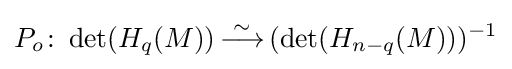
P_{o}\colon \operatorname {det} (H_{q}(M)){\overset {\sim }{\,\longrightarrow \,}}(\operatorname {det} (H_{n-q}(M)))^{-1}